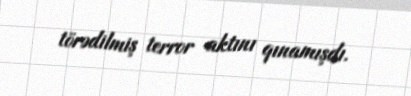
törədilmiş terror aktını qınamışdı.